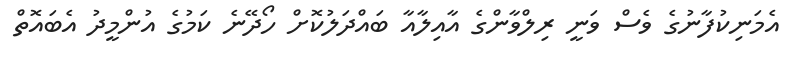
އެމަނިކުފާނުގެ ވެސް ވަނީ ރިލްވާންގެ އާއިލާއާ ބައްދަލުކޮށް ހޯދޭނެ ކަމުގެ އުންމީދު އެބައޮތް